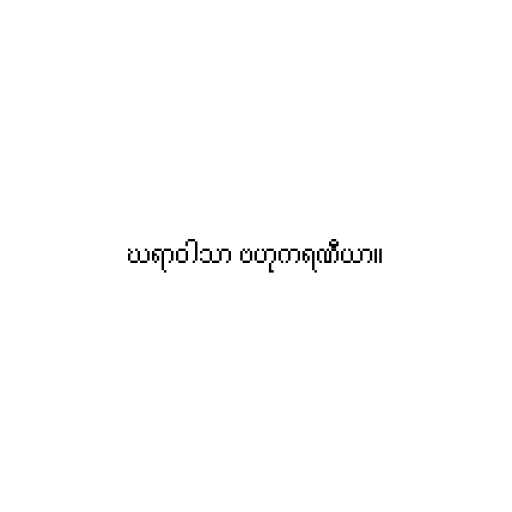
ဃရာဝါသာ ဗဟုကရဏီယာ။